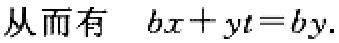
从而有 \( bx + yt = by.\)